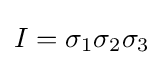
I=\sigma _{1}\sigma _{2}\sigma _{3}